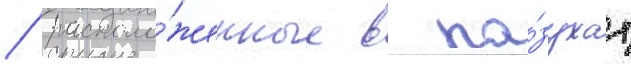
/ располо́женные в па́зухах